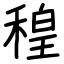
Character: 䅣